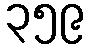
၃၅၉